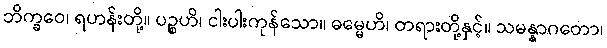
ဘိက္ခဝေ၊ ရဟန်းတို့။ ပဉ္စဟိ၊ ငါးပါးကုန်သော။ ဓမ္မေဟိ၊ တရားတို့နှင့်။ သမန္နာဂတော၊